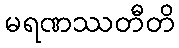
မရဏဿတီတိ